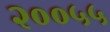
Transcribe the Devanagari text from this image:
२००५५